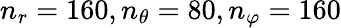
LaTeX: n_{r}=160,n_{\theta}=80,n_{\varphi}=160